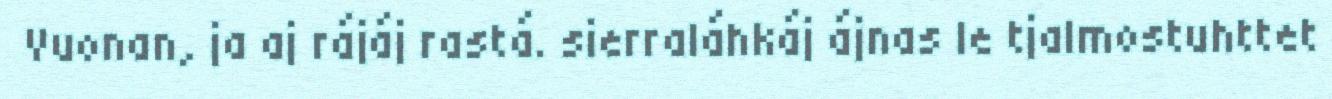
Vuonan, ja aj rájáj rastá. sierraláhkáj ájnas le tjalmostuhttet